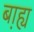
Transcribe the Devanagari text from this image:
ब़ाह्य